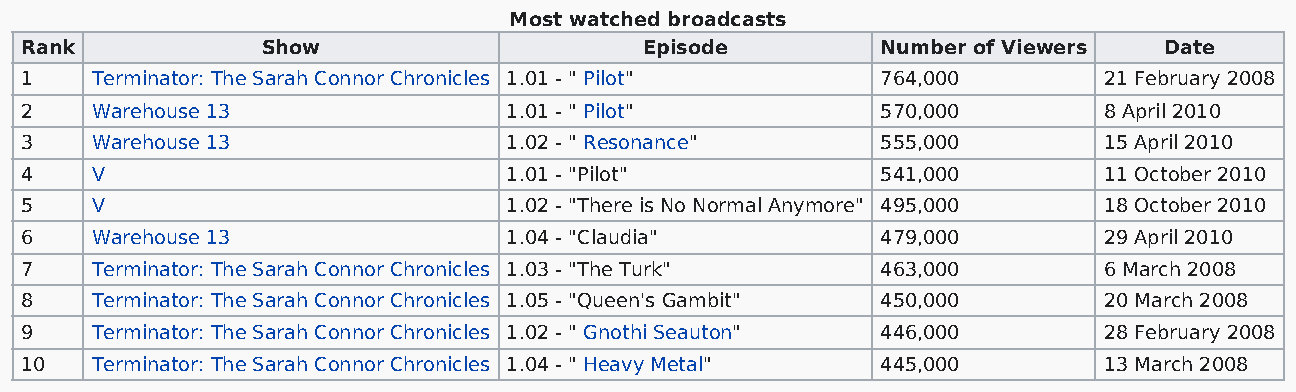
Most watched broadcasts
 Rank            Show                      Episode        Number of Viewers  Date
 1    Terminator: The Sarah Connor Chronicles 1.01 - " Pilot" 764,000    21 February 2008
 2    Warehouse 13                1.01 - " Pilot"         570,000        8 April 2010
 3    Warehouse 13                1.02 - " Resonance"     555,000        15 April 2010
 4    V                           1.01 - "Pilot"          541,000        11 October 2010
 5    V                           1.02 - "There is No Normal Anymore" 495,000 18 October 2010
 6    Warehouse 13                1.04 - "Claudia"        479,000        29 April 2010
 7    Terminator: The Sarah Connor Chronicles 1.03 - "The Turk" 463,000  6 March 2008
 8    Terminator: The Sarah Connor Chronicles 1.05 - "Queen's Gambit" 450,000 20 March 2008
 9    Terminator: The Sarah Connor Chronicles 1.02 - " Gnothi Seauton" 446,000 28 February 2008
 10   Terminator: The Sarah Connor Chronicles 1.04 - " Heavy Metal" 445,000 13 March 2008